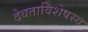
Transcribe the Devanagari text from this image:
देवताविशेषस्य